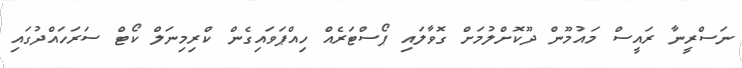
ނަސްރީނާ ރައީސް މައުމޫން ދޫކޮށްލުމަށް ގޮވާލައި ޕޯސްޓަރެއް ހިއްޕަވައިގެން ކްރިމިނަލް ކޯޓް ސަރަހައްދުގައި